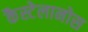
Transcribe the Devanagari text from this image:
कैस्टेलानोस